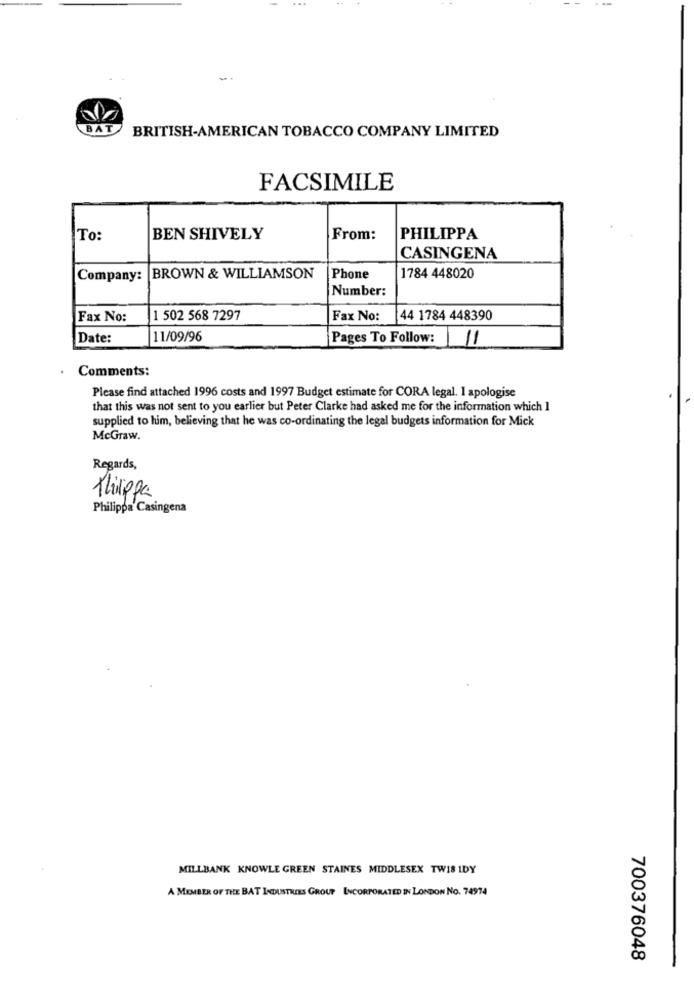
BAT
BRITISH-AMERICAN TOBACCO COMPANY LIMITED
FACSIMILE
To:
BEN SHIVELY
From:
PHILIPPA
CASINGENA
Company: BROWN & WILLIAMSON
Phone
1784 448020
Number:
Fax No:
1 502 568 7297
Fax No:
44 1784 448390
Date:
11/09/96
Pages To Follow:
11
Comments:
Please find attached 1996 costs and 1997 Budget estimate for CORA legal. I apologise
that this was not sent to you earlier but Peter Clarke had asked me for the information which I
supplied to him, believing that he was co-ordinating the legal budgets information for Mick
McGraw.
Regards,
Thisppa
Philippa Casingena
MILLBANK KNOWLE GREEN STAINES MIDDLESEX TW18 IDY
A MEMBER OF THE BAT INDUSTRIES GROUP INCORPORATED IN LONDON NO. 74974
700376048